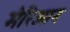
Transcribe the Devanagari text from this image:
मेरिआन